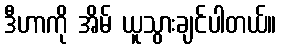
ဒီဟာကို အိမ် ယူသွားချင်ပါတယ်။